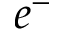
e ^ { - }